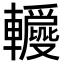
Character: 𨏝